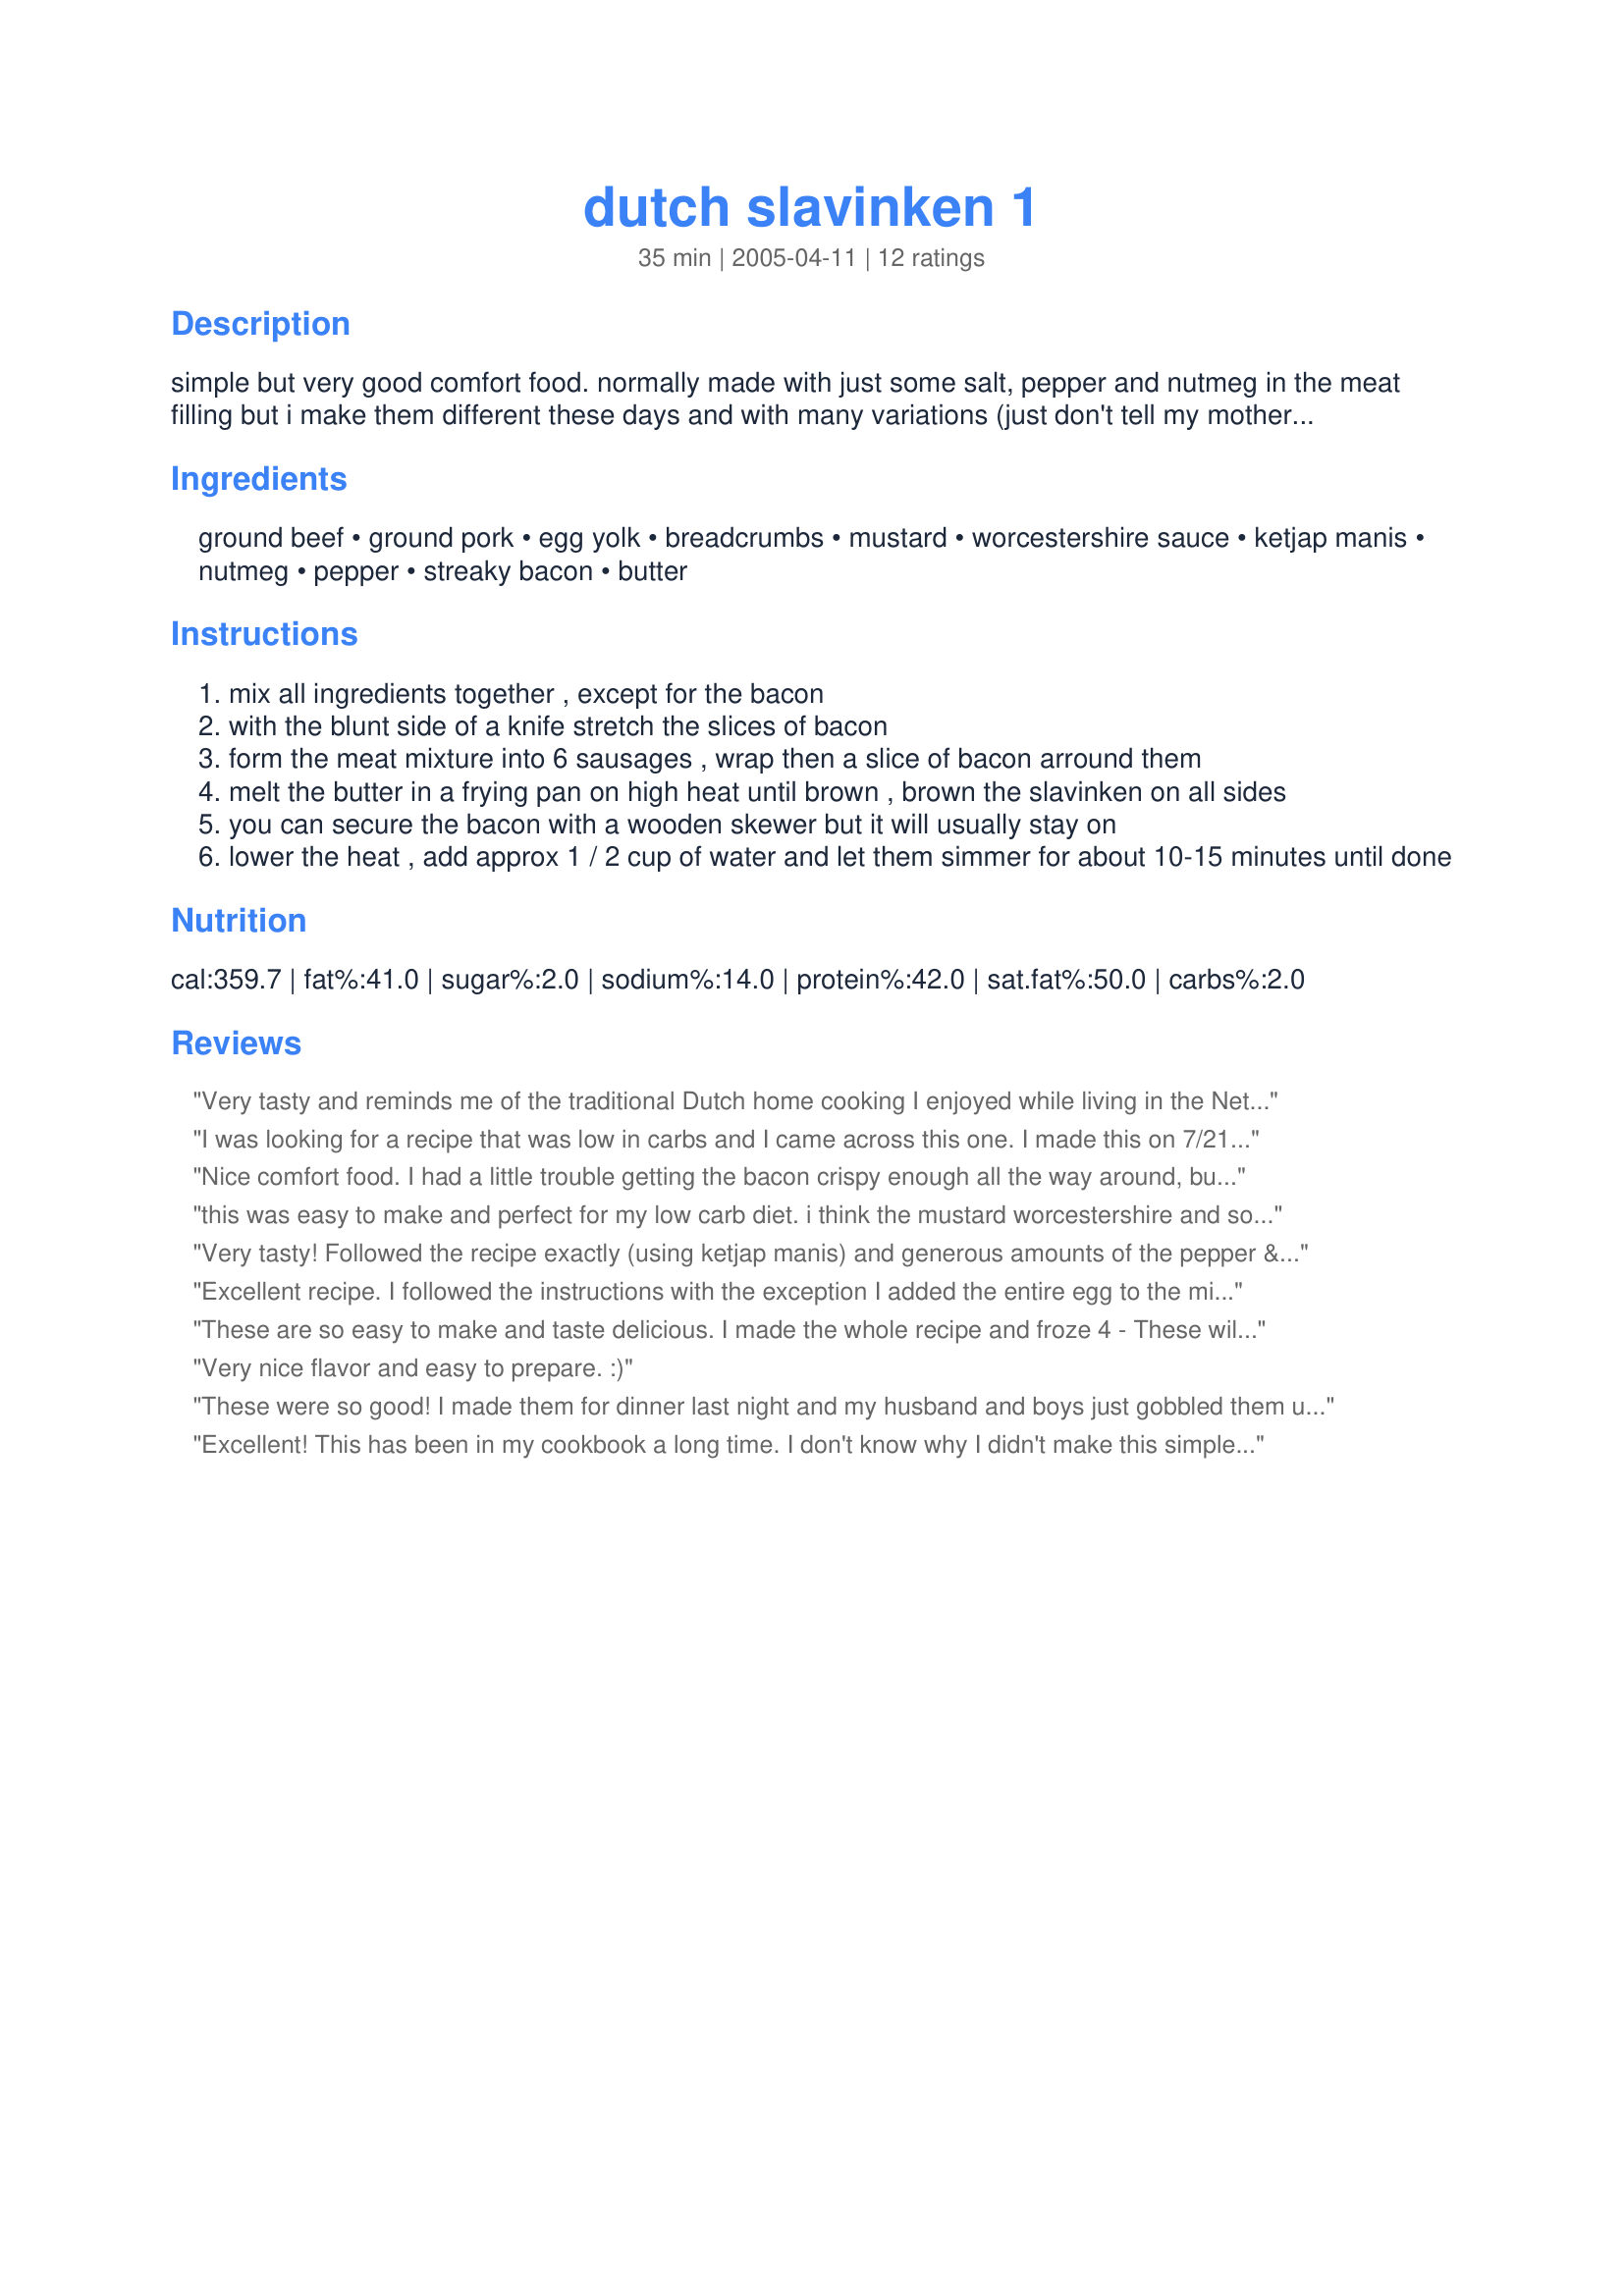
dutch slavinken 1
Preparation time: 35 minutes

simple but very good comfort food. normally made with just some salt, pepper and nutmeg in the meat filling but i make them different these days and with many variations (just don't tell my mother!). slavink translates as beatfinch (yes i know its weird) they are wrapped in bacon and another version is blinde vink= blind finch (even weirder) that is the same meat filling but then wrapped in a thin slice of veal. these days often replaced with a slice of beef. some still name it blinde vink but the right name is runder vink=beef finch. i have tried very hard over the years to understand why they are named like this since i can honestly not see the resemblance of a bird in these sausages and i've never seen one fly away!
no dutch person in their right mind makes them at home since you can buy them ready made from every butcher and in every super market. now that information should tell you something about the poster of this recipe, who is dutch....
my excuse is that i lived many years abroad and that is when you crave for the simple dishes of your home country.
we eat them here with vegetables and potatoes but they are also good cooked on the barbeque and served on buns with ketcup and mustard.

Ingredients:
ground beef, ground pork, egg yolk, breadcrumbs, mustard, worcestershire sauce, ketjap manis, nutmeg, pepper, streaky bacon, butter

Steps:
mix all ingredients together , except for the bacon
with the blunt side of a knife stretch the slices of bacon
form the meat mixture into 6 sausages , wrap then a slice of bacon arround them
melt the butter in a frying pan on high heat until brown , brown the slavinken on all sides
you can secure the bacon with a wooden skewer but it will usually stay on
lower the heat , add approx 1 / 2 cup of water and let them simmer for about 10-15 minutes until done

Reviews:
Very tasty and reminds me of the traditional Dutch home cooking I enjoyed while living in the Netherlands. This variation with the mustard, worcestershire sauce and ketjap manis, provided that little extra oomph. We accompanied them with potatoes and spinach. Great comfort food :-)
I was looking for a recipe that was low in carbs and I came across this one. I made this on 7/21/08 for mine and my SO's dinner. And I have to tell you this recipe got a " good solid four" from both myself and my SO.However we both thought that this recipe could have used some salt.Other than that, this will be made again.Thank you for posting and, "Keep Smiling :)"
Nice comfort food. I had a little trouble getting the bacon crispy enough all the way around, but that was no big deal. My husband liked that it was good basic food with nothing too fussy. Thanks for introducing me to a tasty new dish.
this was easy to make and perfect for my low carb diet. i think the mustard worcestershire and soy give the meat an extra kick. my bacon didn't want to stay put, next time i will use toothpicks.
very tasty comfort food.
Very tasty! Followed the recipe exactly (using ketjap manis) and generous amounts of the pepper & nutmeg. My bacon tried to come off while these were browning but I didn't worry about it too much. Served with recipe #83825 tonight but will be trying one of the leftover ones on a bun with ketchup & mustard. Thanks for the recipe!
Excellent recipe. I followed the instructions with the exception I added the entire egg to the mixture. I cooked all of the meat and froze the leftovers. They tasted wonderful fresh and after being frozen. Thanks for the recipe.
These are so easy to make and taste delicious. I made the whole recipe and froze 4 - These will be tasty with a can of Pork & Beans (there is really no pork). I fried them over medium heat -covered them fore the first 10 minutes, turning them often-Uncovered for the last minutes to brown them well Thanks Pets for anther good recipe. 25 July 09 My Dutch butcher makes these now but I like your recipe more Pets'
Very nice flavor and easy to prepare. :)
These were so good! I made them for dinner last night and my husband and boys just gobbled them up! I didn't have Ketjap Manis so I used regular soy sauce, other wise followed the recipe to a T. We'll definitely be making these again, thanks for a great recipe!
Excellent! This has been in my cookbook a long time. I don't know why I didn't make this simple recipe before now. The family loved it, and it brought back memories of food from my childhood. Thanks for posting it.
The first time I made these, I didn't have ketjap manis, so used soy sauce mixed with a little brown sugar (after reading what ketjap manis was supposed to taste like). This added a sweetness that plain soy sauce doesn't give and adds a whole new dimension to the flavor. I've made them several times since, sometimes just with soy sauce, but our favorite way is with the soy/brown sugar mixture. They're delicious either way and they freeze so perfectly, I make extras every time and toss a few bags in the deep freeze for a quick, easy meal when we need it. Thanks for an amazing, easy and delicious recipe!!
These are wonderful. My boyfriend and father ate them up. I use more bacon then is called for, since bacon always makes everything better.
